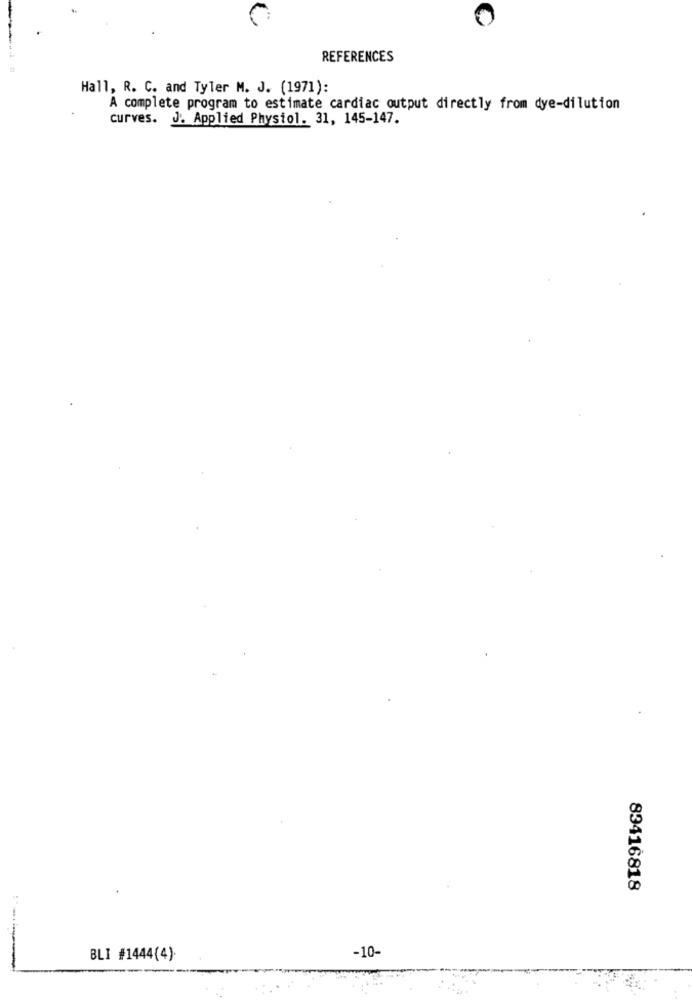
REFERENCES
Hall, R. C. and Tyler M. J. (1971):
A complete program to estimate cardiac output directly from dye-dilution
curves. J. Applied Physiol. 31, 145-147.
83416818
-10-
BLI #1444(4).